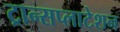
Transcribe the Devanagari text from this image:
ट्रान्सप्लाटेशन